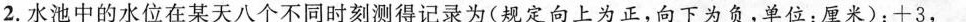
2.水池中的水位在某天八个不同时刻测得记录为(规定向上为正，向下为负，单位：厘米)：十3，